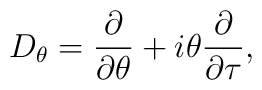
D_\theta=\frac{\partial}{\partial\theta}+i\theta\frac{\partial}{\partial\tau},